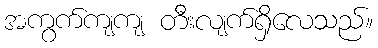
အကွက်ကျကျ တီးလျက်ရှိလေသည်။